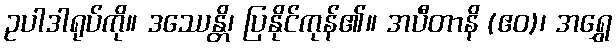
ဥပါဒါရုပ်ကို။ ဒဿေန္တိ၊ ပြနိုင်ကုန်၏။ အပီတာနိ (ဧဝ)၊ အရွှေ